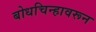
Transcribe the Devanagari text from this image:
बोधचिन्हावरून